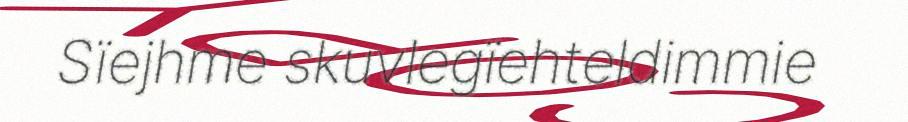
Sïejhme skuvlegïehteldimmie